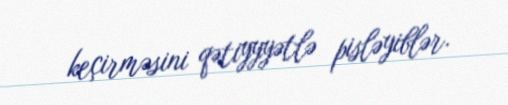
keçirməsini qətiyyyətlə pisləyiblər.